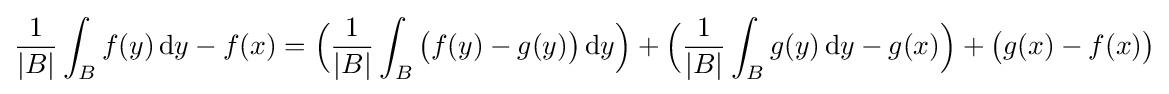
{\frac {1}{|B|}}\int _{B}f(y)\,\mathrm {d} y-f(x)={\Bigl (}{\frac {1}{|B|}}\int _{B}{\bigl (}f(y)-g(y){\bigr )}\,\mathrm {d} y{\Bigr )}+{\Bigl (}{\frac {1}{|B|}}\int _{B}g(y)\,\mathrm {d} y-g(x){\Bigr )}+{\bigl (}g(x)-f(x){\bigr )}